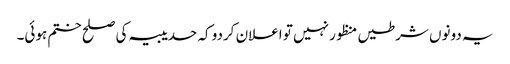
یہ دونوں شرطیں منظور نہیں تو اعلان کردو کہ حدیبیہ کی صلح ختم ہوئی۔